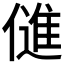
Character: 𬿫